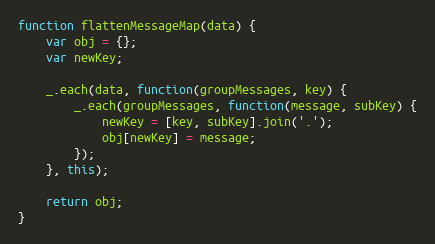
Language: JavaScript
function flattenMessageMap(data) {
    var obj = {};
    var newKey;

    _.each(data, function(groupMessages, key) {
        _.each(groupMessages, function(message, subKey) {
            newKey = [key, subKey].join('.');
            obj[newKey] = message;
        });
    }, this);

    return obj;
}